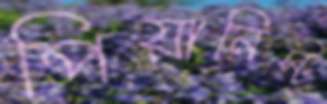
পিয়ানিস্ট